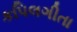
કપિલગીતા